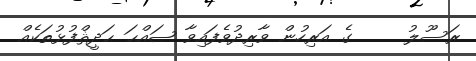
ރަސޫލު     ގެ އަރިހުން ވާރިދުވެފައިވާ ޞައްޙަ ޙަދީޘްފުޅުތަކެއް